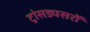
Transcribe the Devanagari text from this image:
ट्रांसड्यसरों